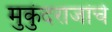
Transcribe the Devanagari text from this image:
मुकुंदराजांचे